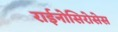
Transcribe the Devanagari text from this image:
राईनोसिरोसेस